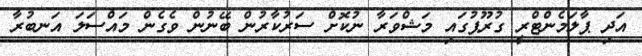
އަދި ޕާލަމެންޓްރީ ގުރޫޕުގައި މަޝްވަރާ ނުކޮށް ސަރުކާރުން ބޭނުން ވެގެން މައްސަލަ އަނބުރާ